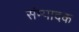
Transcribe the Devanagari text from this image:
संम्पादक